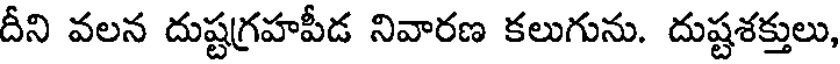
దీని వలన దుష్టగ్రహపీడ నివారణ కలుగును. దుష్టశక్తులు,